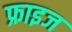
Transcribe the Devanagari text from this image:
फ्राइज